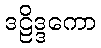
ဒဠိဒ္ဒကော